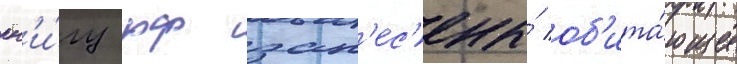
кн'и́гу рф зан'ес'ены́ об'ита́ющие